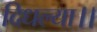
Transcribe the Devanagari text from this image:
दिधल्या।।